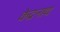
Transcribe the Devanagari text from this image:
केद्रनाथ